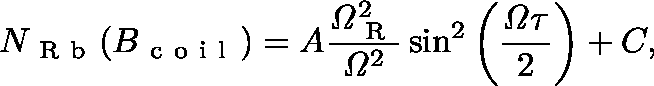
N _ { \mathrm { ~ R ~ b ~ } } ( B _ { \mathrm { ~ c ~ o ~ i ~ l ~ } } ) = A \frac { \mathit { \Omega } _ { \mathrm { ~ R ~ } } ^ { 2 } } { \mathit { \Omega } ^ { 2 } } \sin ^ { 2 } \left( \frac { \mathit { \Omega } \mathit { \tau } } { 2 } \right) + C ,